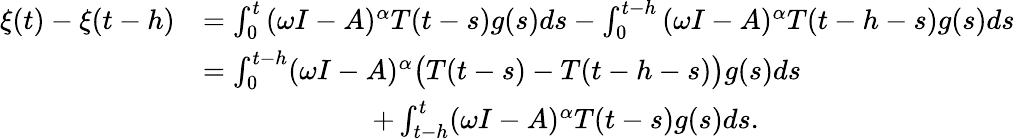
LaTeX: \begin{array}{rl}{\xi(t)-\xi(t-h)}&{=\int_{0}^{t}{(\omega I-A)^{\alpha}T(t-s)g(s)ds}-\int_{0}^{t-h}{(\omega I-A)^{\alpha}T(t-h-s)g(s)ds}}\\ &{=\int_{0}^{t-h}(\omega I-A)^{\alpha}\big(T(t-s)-T(t-h-s)\big)g(s)ds}\\ &{\qquad\qquad\qquad+\int_{t-h}^{t}(\omega I-A)^{\alpha}T(t-s)g(s)ds.}\end{array}